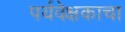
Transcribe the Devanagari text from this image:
पर्यवेक्षकाचा